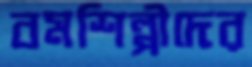
বমশিল্পীদের